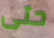
حتى